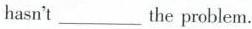
hasn't___the problem.